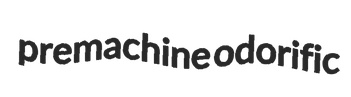
premachine odorific